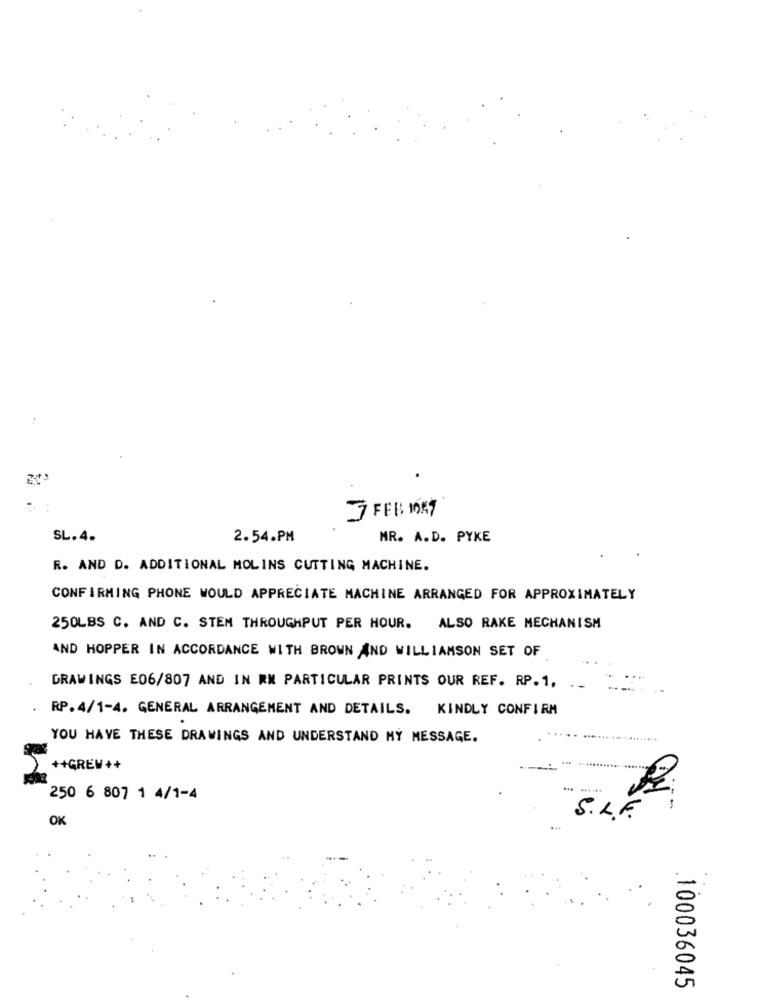
7FEB: 1089
SL.4.
2.54.PM
MR. A.D. PYKE
R. AND D. ADDITIONAL MOLINS CUTTING MACHINE.
CONFIRMING PHONE WOULD APPRECIATE MACHINE ARRANGED FOR APPROXIMATELY
250LBS C. AND C. STEM THROUGHPUT PER HOUR. ALSO RAKE MECHANISM
AND HOPPER IN ACCORDANCE WITH BROWN AND WILLIAMSON SET OF
DRAWINGS E06/807 AND IN RM PARTICULAR PRINTS OUR REF. RP. 1,
RP. 4/1-4. GENERAL ARRANGEMENT AND DETAILS. KINDLY CONFIRM
YOU HAVE THESE DRAWINGS AND UNDERSTAND MY MESSAGE.
++GREW++
250 6 807 1 4/1-4
--
OK
S.L.F.
100036045